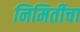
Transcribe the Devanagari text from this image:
निमिर्तीचा